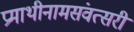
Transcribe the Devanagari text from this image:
प्रमाथीनामसंवत्सरीं